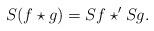
LaTeX: \begin{align*} S(f \star g)=Sf \star' Sg.\end{align*}